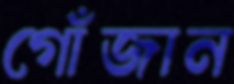
গোঁজান